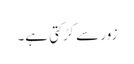
زور سے کڑکتی ہے۔